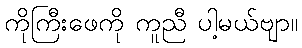
ကိုကြီးဖေကို ကူညီ ပါ့မယ်ဗျာ။